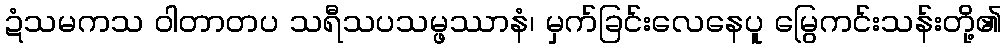
ဍံသမကသ ဝါတာတပ သရီသပသမ္ဖဿာနံ၊ မှက်ခြင်းလေနေပူ မြွေကင်းသန်းတို့၏